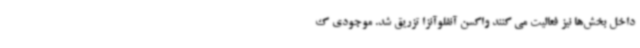
داخل بخش‌ها نیز فعالیت می کنند واکسن آنفلوآنزا تزریق شد. موجودی ک